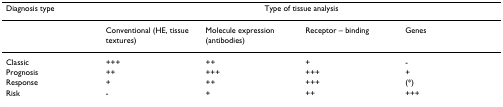
| Diagnosis type | <COLSPAN=4> Type of tissue analysis |
 | --- | --- | --- | --- | --- |
 |  | Conventional (HE, tissue textures) | Molecule expression (antibodies) | Receptor – binding | Genes |
 | Classic | +++ | ++ | + | - |
 | Prognosis | ++ | +++ | +++ | + |
 | Response | + | ++ | +++ | (*) |
 | Risk | - | + | ++ | +++ |